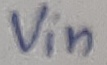
Text: Vin